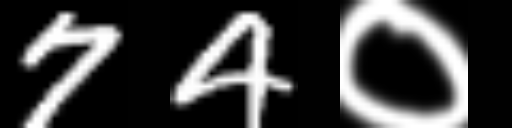
Text: 74०